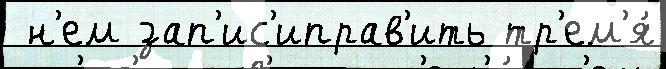
 н'ем зап'ис'иправ'ить тр'ем'я́